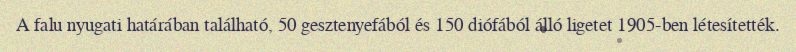
A falu nyugati határában található, 50 gesztenyefából és 150 diófából álló ligetet 1905-ben létesítették.